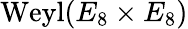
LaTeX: {\mathrm{Weyl}}(E_{8}\times E_{8})